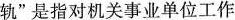
轨”是指对机关事业单位工作